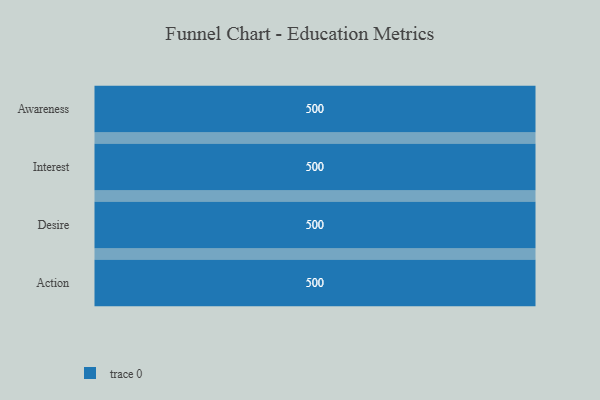
{"axis": {"x": "Stage", "y": "Value"}, "legend": [""], "data": [{"x": "Awareness", "y": 500, "type": ""}, {"x": "Interest", "y": 500, "type": ""}, {"x": "Desire", "y": 500, "type": ""}, {"x": "Action", "y": 500, "type": ""}]}